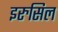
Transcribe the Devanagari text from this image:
इरुसिल